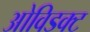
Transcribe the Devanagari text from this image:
ओविडक्ट